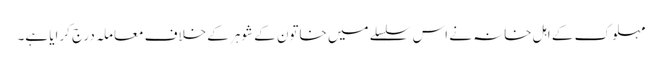
مہلوک کے اہل خانہ نے اس سلسلے میں خاتون کے شوہر کے خلاف معاملہ درج کرایا ہے۔